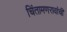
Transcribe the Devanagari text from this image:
चिंतामणरावांची